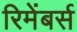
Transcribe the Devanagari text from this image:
रिमेंबर्स